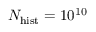
N _ { \mathrm { h i s t } } = 1 0 ^ { 1 0 }